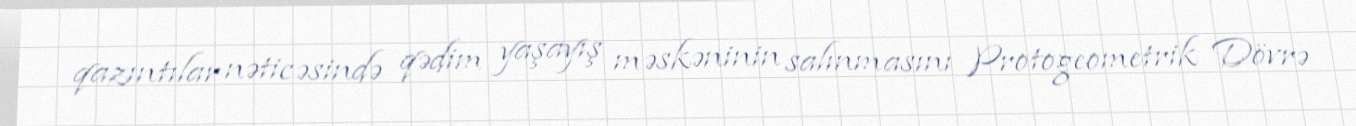
qazıntılar nəticəsində qədim yaşayış məskəninin salınmasını Protogeometrik Dövrə